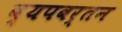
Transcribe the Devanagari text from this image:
व्यपवर्तन